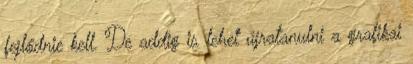
fejlődnie kell. De addig is lehet újratanulni a grafikai